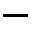
-